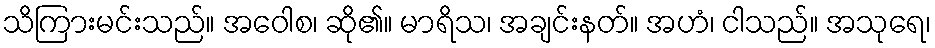
သိကြားမင်းသည်။ အဝေါစ၊ ဆို၏။ မာရိသ၊ အချင်းနတ်။ အဟံ၊ ငါသည်။ အသုရေ၊